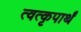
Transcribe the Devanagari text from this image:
त्वत्कृपार्थं